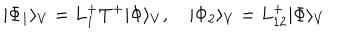
| \Phi _ { 1 } \rangle _ { V } = L _ { 1 } ^ { + } T ^ { + } | \Phi \rangle _ { V } , \quad | \Phi _ { 2 } \rangle _ { V } = L _ { 1 2 } ^ { + } | \Phi \rangle _ { V }